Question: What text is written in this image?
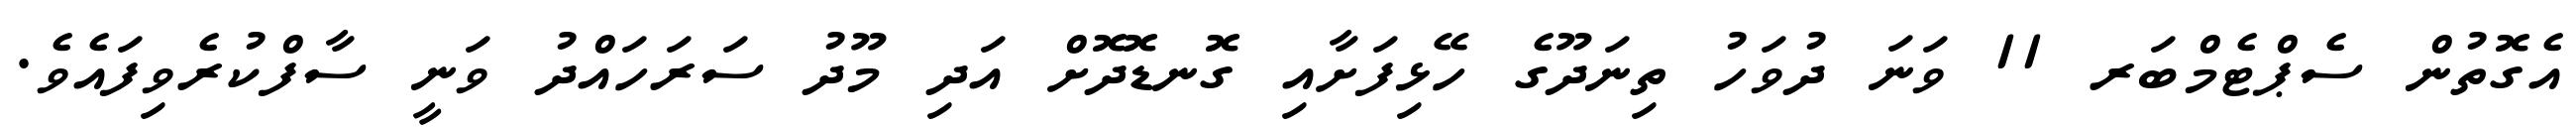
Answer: އެގޮތުން ސެޕްޓެމްބަރ 11 ވަނަ ދުވަހު ތިނަދޫގެ ހޭޅިފަށާއި ގޮނޑޮދޮށް އަދި މޫދު ސަރަހައްދު ވަނީ ސާފްކުރެވިފައެވެ.